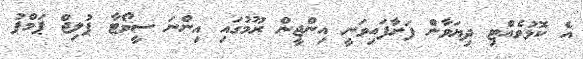
އެ ކޮޅުވެއްޓި ދިޔަވާން ފަށާފައިވަނީ އިންޖީން ރޫމުގައި އިންނަ ސީވޯޓާ ޕުލިޖް ޕަމްޕު